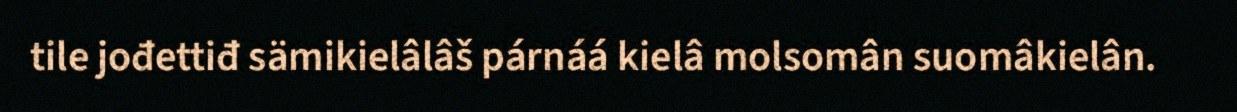
tile jođettiđ sämikielâlâš párnáá kielâ molsomân suomâkielân.